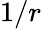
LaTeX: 1/r